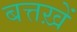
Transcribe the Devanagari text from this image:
बत्तख़ें